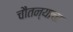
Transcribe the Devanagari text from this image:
चौतन्याचा